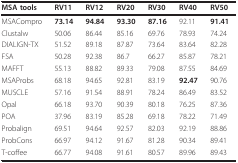
| MSA tools | RV11 | RV12 | RV20 | RV30 | RV40 | RV50 |
 | --- | --- | --- | --- | --- | --- | --- |
 | MSACompro | 73.14 | 94.84 | 93.30 | 87.16 | 92.11 | 91.41 |
 | Clustalw | 50.06 | 86.44 | 85.16 | 69.76 | 78.93 | 74.24 |
 | DIALIGN-TX | 51.52 | 89.18 | 87.87 | 73.64 | 83.64 | 82.28 |
 | FSA | 50.28 | 92.38 | 86.7 | 66.27 | 85.87 | 78.21 |
 | MAFFT | 55.13 | 88.82 | 89.33 | 79.08 | 87.55 | 84.69 |
 | MSAProbs | 68.18 | 94.65 | 92.81 | 83.19 | 92.47 | 90.76 |
 | MUSCLE | 57.16 | 91.54 | 88.91 | 78.24 | 86.49 | 83.52 |
 | Opal | 66.18 | 93.70 | 90.39 | 80.18 | 76.25 | 87.36 |
 | POA | 37.96 | 83.19 | 85.28 | 69.18 | 78.22 | 71.49 |
 | Probalign | 69.51 | 94.64 | 92.57 | 82.03 | 92.19 | 88.86 |
 | ProbCons | 66.97 | 94.12 | 91.67 | 81.28 | 90.34 | 89.41 |
 | T-coffee | 66.77 | 94.08 | 91.61 | 80.57 | 89.96 | 89.43 |